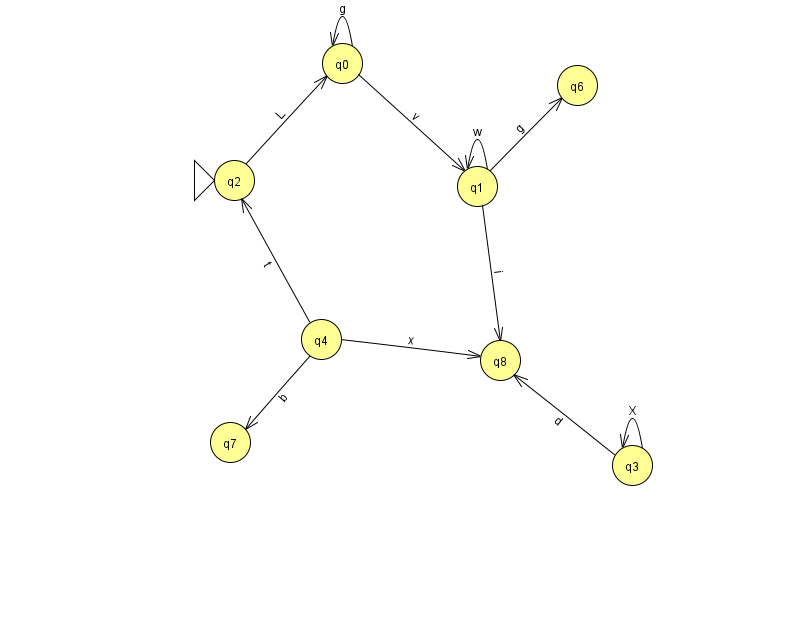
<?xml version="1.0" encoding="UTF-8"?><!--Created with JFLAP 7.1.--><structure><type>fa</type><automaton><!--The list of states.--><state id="0" name="q0"><x>342.0</x><y>50.0</y></state><state id="1" name="q1"><x>477.0</x><y>173.0</y></state><state id="2" name="q2"><x>234.0</x><y>167.0</y><initial/></state><state id="3" name="q3"><x>632.0</x><y>452.0</y></state><state id="4" name="q4"><x>321.0</x><y>326.0</y></state><state id="6" name="q6"><x>577.0</x><y>72.0</y></state><state id="7" name="q7"><x>230.0</x><y>429.0</y></state><state id="8" name="q8"><x>500.0</x><y>347.0</y></state><!--The list of transitions.--><transition><from>0</from><to>1</to><read>v</read></transition><transition><from>4</from><to>2</to><read>t</read></transition><transition><from>1</from><to>8</to><read>i</read></transition><transition><from>2</from><to>0</to><read>L</read></transition><transition><from>3</from><to>8</to><read>d</read></transition><transition><from>0</from><to>0</to><read>g</read></transition><transition><from>1</from><to>1</to><read>w</read></transition><transition><from>3</from><to>3</to><read>X</read></transition><transition><from>4</from><to>7</to><read>b</read></transition><transition><from>4</from><to>8</to><read>x</read></transition><transition><from>1</from><to>6</to><read>g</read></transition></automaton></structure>